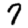
Digit: 7